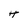
Character: H